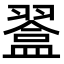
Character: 𥂨